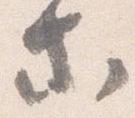
等